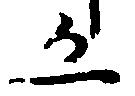
五